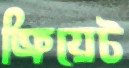
ক্রিয়েট